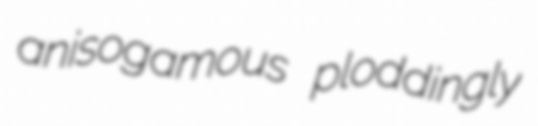
anisogamous ploddingly